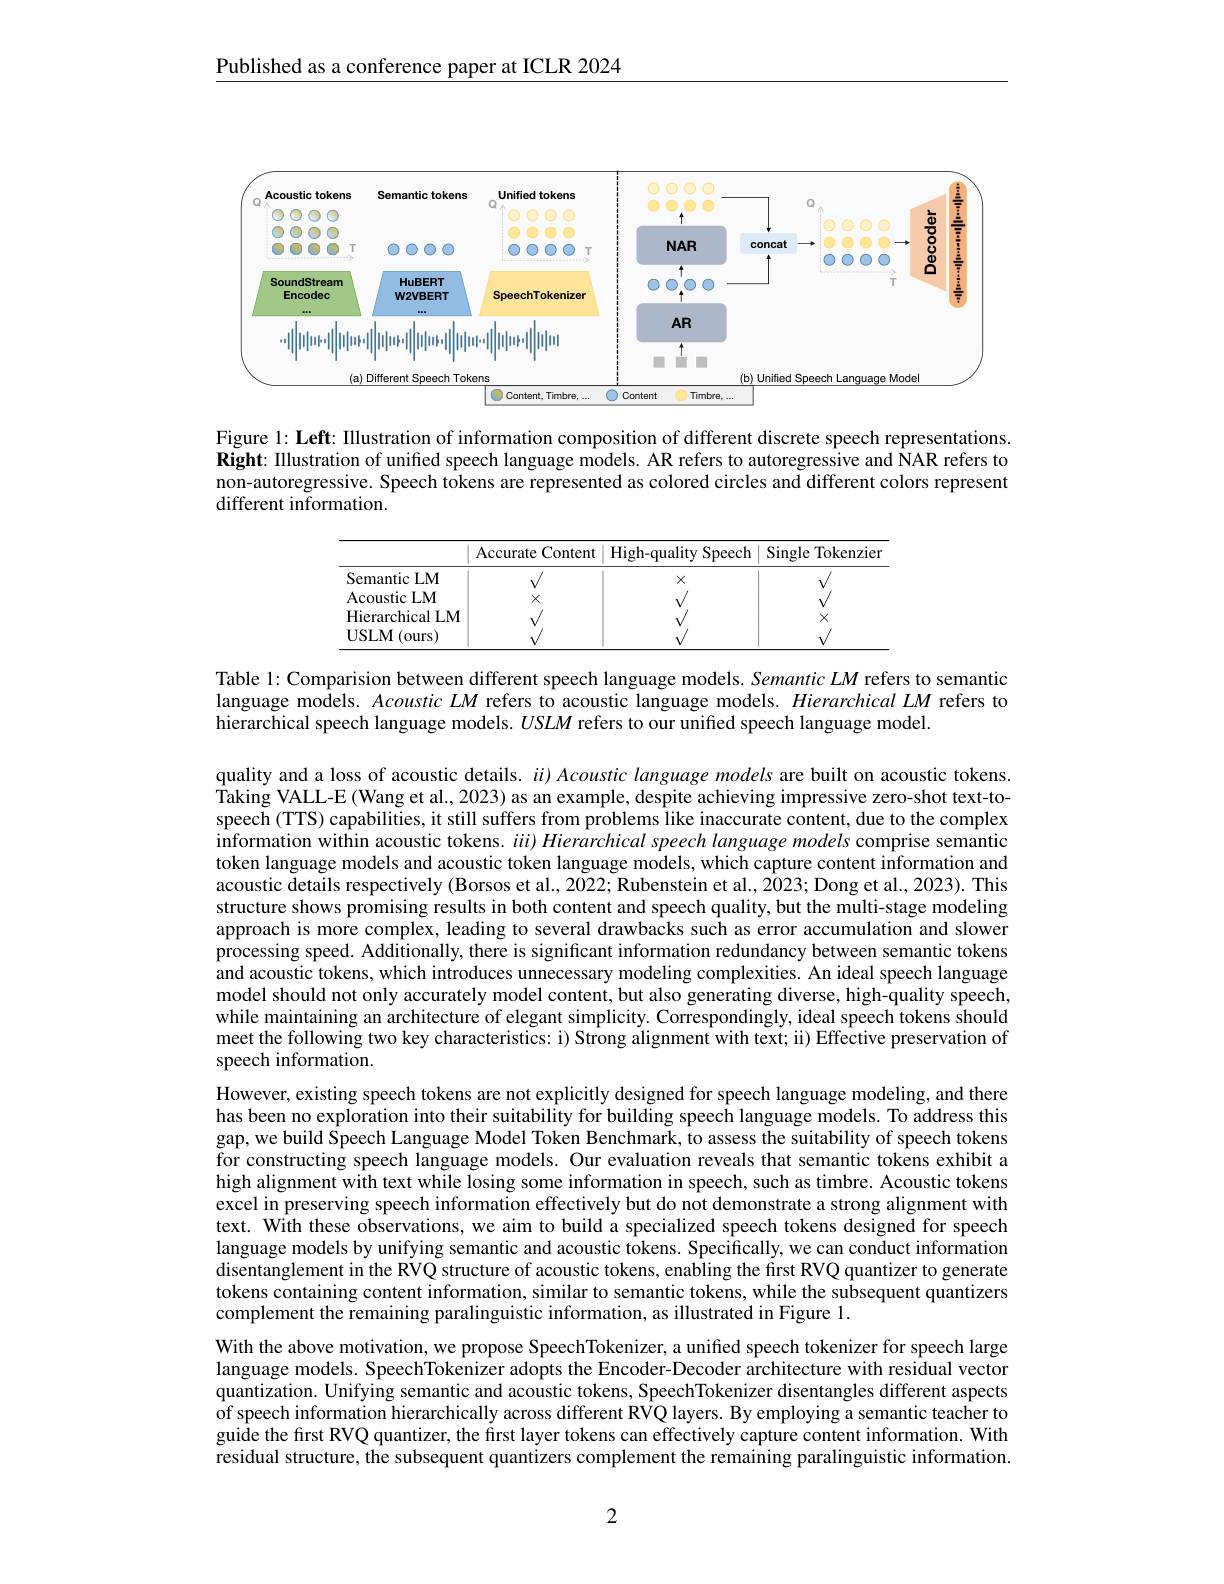
Published as a conference paper at ICLR 2024

<FigureHere>

Figure 1: Left: Illustration of information composition of different discrete speech representations. Right: Illustration of unifed speech language models. AR refers to autoregressive and NAR refers to non-autoregressive. Speech tokens are represented as colored circles and different colors represent different information.

<table>
	<tbody>
		<tr>
			<th> </th>
			<th>Accurate Content</th>
			<th>High- quality Speech</th>
			<th>Single Tokenzien</th>
		</tr>
		<tr>
			<td>Semantic :LM</td>
			<td> </td>
			<td>$X$</td>
			<td> </td>
		</tr>
		<tr>
			<td>Acoustic LM</td>
			<td>$X$</td>
			<td> </td>
			<td> </td>
		</tr>
	</tbody>
</table>

Table 1: Comparision between different speech language models. Semantic $LM$ refers to semantic language models. Acoustic $LM$ refers to acoustic language models. Hierarchical LM refers to hierarchical speech language models. $USLM$ refers to our unified speech language model.

quality and a loss of acoustic details. $\ddot{u} ) \textit{Acoustic language models are built on acoustic tokens. }$ $\hat{\text{Taking VALL-E (Wang et al., 2023) as an example, despite achieving impressive zero-shot text-to-}}$ speech (TTS) capabilities, it still suffers from problems like inaccurate content, due to the complex information within acoustic tokens. $iii) \textit{Hierarchical speech language models comprise semantic}$ token language models and acoustic token language models, which capture content information and acoustic details respectively (Borsos et al., 2022; Rubenstein et al., 2023; Dong et al., 2023). This structure shows promising results in both content and speech quality, but the multi-stage modeling approach is more complex, leading to several drawbacks such as error accumulation and slower processing speed. Additionally, there is significant information redundancy between semantic tokens and acoustic tokens, which introduces unnecessary modeling complexities. An ideal speech language model should not only accurately model content, but also generating diverse, high-quality speech, while maintaining an architecture of elegant simplicity. Correspondingly, ideal speech tokens should meet the following two key characteristics: i) Strong alignment with text; ii) Effective preservation of speech information.
However, existing speech tokens are not explicitly designed for speech language modeling, and there has been no exploration into their suitability for building speech language models. To address this gap, we build Speech Language Model Token Benchmark, to assess the suitability of speech tokens for constructing speech language models. Our evaluation reveals that semantic tokens exhibit a high alignment with text while losing some information in speech, such as timbre. Acoustic tokens excel in preserving speech information effectively but do not demonstrate a strong alignment with text. With these observations, we aim to build a specialized speech tokens designed for speech language models by unifying semantic and acoustic tokens. Specifically, we can conduct information disentanglement in the RVQ structure of acoustic tokens, enabling the first RVQ quantizer to generate tokens containing content information, similar to semantic tokens, while the subsequent quantizers complement the remaining paralinguistic information, as illustrated in Figure 1.
With the above motivation, we propose SpeechTokenizer, a unified speech tokenizer for speech large language models. SpeechTokenizer adopts the Encoder-Decoder architecture with residual vector quantization. Unifying semantic and acoustic tokens, SpeechTokenizer disentangles different aspects of speech information hierarchically across different RVQ layers. By employing a semantic teacher to guide the first RVQ quantizer, the first layer tokens can effectively capture content information. With

residual structure, the subsequent quantizers complement the remaining paralinguistic information.

2